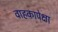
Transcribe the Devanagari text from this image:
वाहकापेक्षा